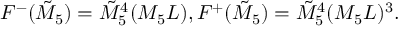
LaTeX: F ^ { - } ( \tilde { M } _ { 5 } ) = \tilde { M } _ { 5 } ^ { 4 } ( M _ { 5 } L ) , F ^ { + } ( \tilde { M } _ { 5 } ) = \tilde { M } _ { 5 } ^ { 4 } ( M _ { 5 } L ) ^ { 3 } .